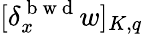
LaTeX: [\delta_{x}^{\mathrm{~b~w~d~}}w]_{K,q}